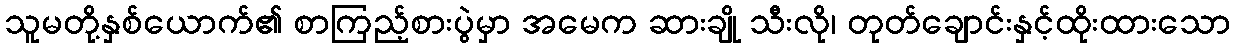
သူမတို့နှစ်ယောက်၏ စာကြည့်စားပွဲမှာ အမေက ဆားချို သီးလို၊ တုတ်ချောင်းနှင့်ထိုးထားသော